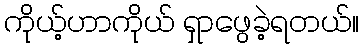
ကိုယ့်ဟာကိုယ် ရှာဖွေခဲ့ရတယ်။